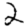
Digit: 2